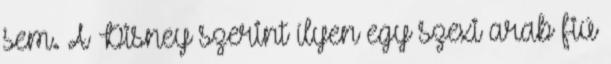
sem. A Disney szerint ílyen egy szexi arab fiú